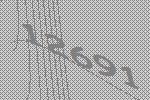
12691